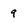
Character: 9